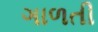
ગાળતી